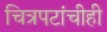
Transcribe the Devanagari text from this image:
चित्रपटांचीही